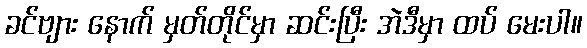
ခင်ဗျား နောက် မှတ်တိုင်မှာ ဆင်းပြီး အဲဒီမှာ ထပ် မေးပါ။